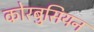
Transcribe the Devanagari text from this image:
कोरबुसियन